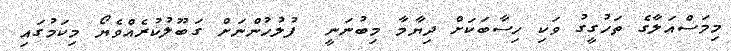
މިމަސްއަލާގެ ތަހުގީގު ވަކި ހިސާބަކަށް ދިޔާމާ މިބުނަނީ  ފުލުހުންނަށް ގަބޫލުކުރެއްވެޔޯ މިކަމުގައި